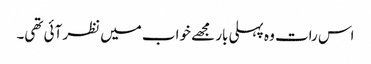
اس رات وہ پہلی بار مجھے خواب میں نظر آئی تھی۔